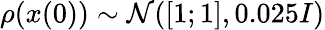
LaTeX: \rho(x(0))\sim\mathcal{N}([1;1],0.025I)